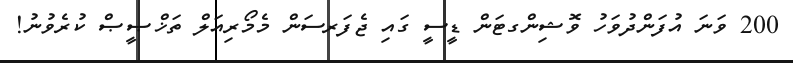
200 ވަނަ އުފަންދުވަހު ވޮޝިންގޓަން ޑީސީ ގައި ޖެފަރސަން މެމޯރިއަލް ތަޚްޞީޞް ކުރެވުނު!